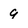
Character: 9